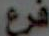
فرع